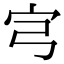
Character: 宆